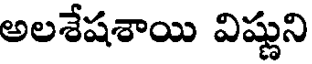
అలశేషశాయి విష్ణుని